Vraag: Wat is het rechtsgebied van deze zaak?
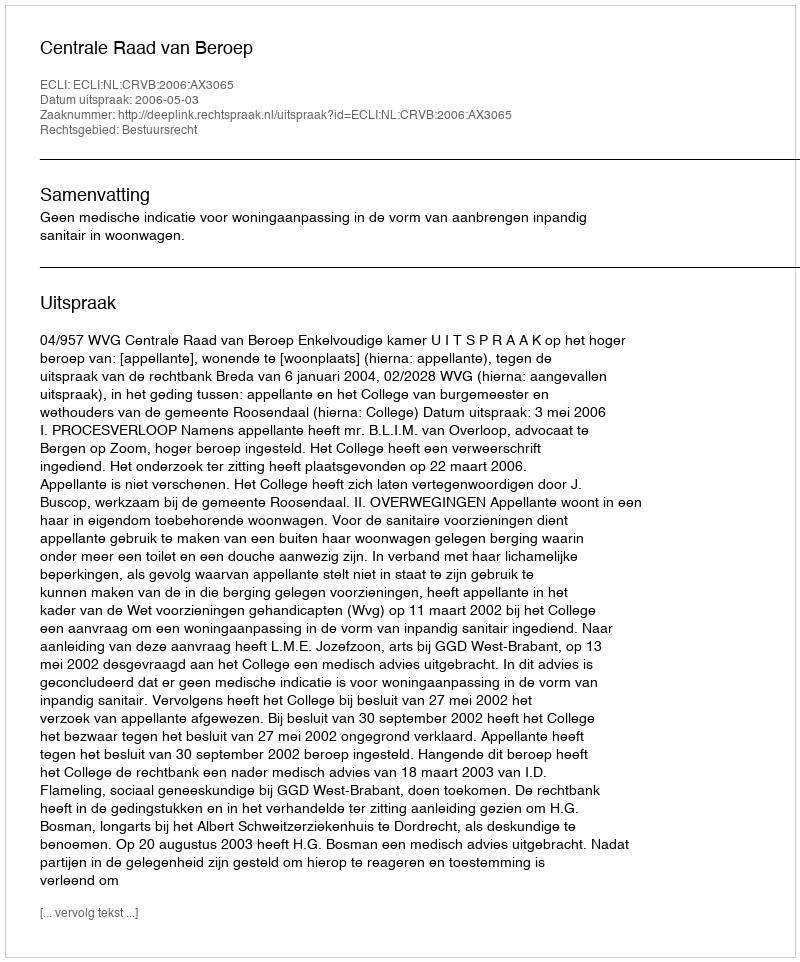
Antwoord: Bestuursrecht